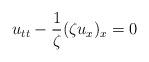
LaTeX: \begin{align*}u_{tt}-\frac{1}{\zeta}(\zeta u_x)_x=0\end{align*}